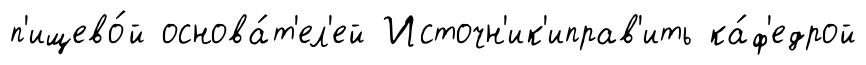
п'ищево́й основа́т'ел'ей Источн'ик'иправ'ить ка́ф'едрой